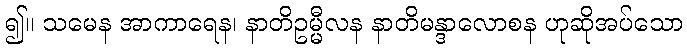
၍။ သမေန အာကာရေန၊ နာတိဥမ္မီလန နာတိမန္ဒာလောစန ဟုဆိုအပ်သော